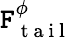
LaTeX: \boldsymbol{\mathtt{F}}_{\mathrm{{~t~a~i~l~}}}^{\phi}